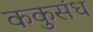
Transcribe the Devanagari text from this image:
ककुसंध